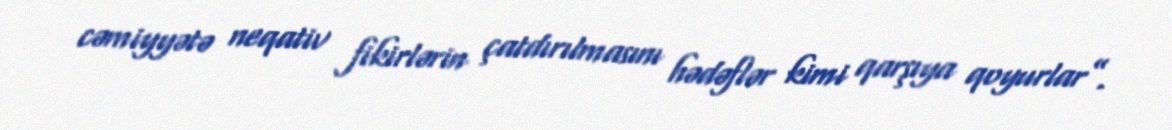
cəmiyyətə neqativ fikirlərin çatdırılmasını hədəflər kimi qarşıya qoyurlar”.